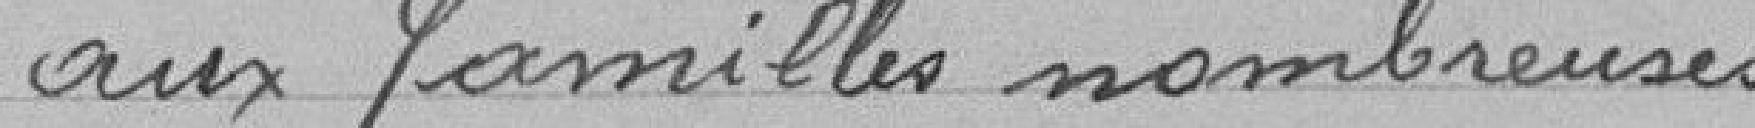
aux familles nombreuses.